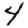
Digit: 4